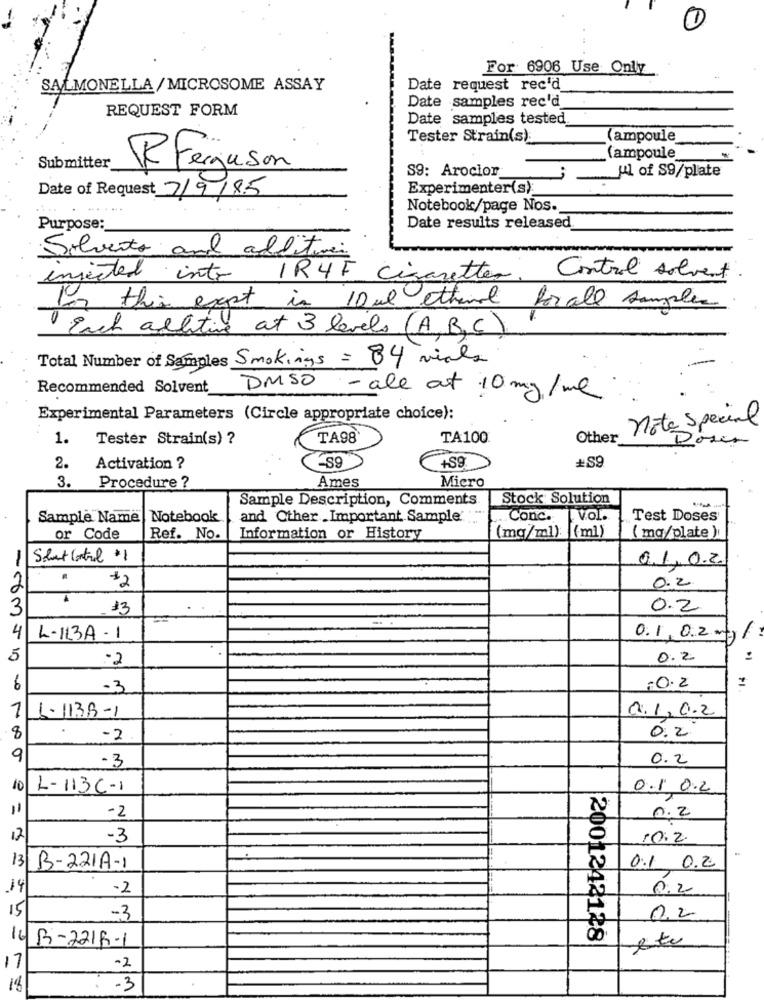
1
For: 6906 Use Only
SALMONELLA/ MICROSOME ASSAY
Date request rec'd
Date samples rec'd
REQUEST FORM
Date samples tested
Tester Strain(s):
ampoule
(ampoule
Submitter
R Ferguson
S9: Arocion
HA of S9/plate
Date of Request 7/9/85
Experimenter(s):
Notebook/page Nos.
Purpose:
Date results released
Solvento and additiv
injected into IR4F Cigaretter
Control solvent
for this exept in 10ml ethanol for all samples
Each allitive at 3 levels (A,B,C)
Total Number of Samples Smokings = 84 vials
Recommended Solvent
DMSO - all at 10 mg/ml
Experimental Parameters (Circle appropriate choice):
nota Special
1.
Tester Strain(s) ?
TA98
TA100
Other
Doser
+59
2.
Activation ?
+S9
3.
Procedure ?
Ames
Micro
Sample Description, Comments.
Stock Solution
-
Sample Name |Notebook
and Other .Important Sample' .
Conc.
vol.
Test Doses
or Code
Ref. No.
Information or History
(mg/ml): (ml)
( mq/plate)
Salut Control $1
0.1.0.2.
$2
0.2
13
0.2
-
4
L-IL3A- 1
0.1 0.2 mg/
5
.2
0.2
=
-3
10.2
1
1.1138-1
a.1, 0.2
0.2
-2
-3
0.2
10
L-113C-1
O.1 0.2
-2
0.2
-3
10.2
B-221A-1
0.1 0.2
-2
0.2
-3
0,2
2001242128
B-2215-1
-2
-3